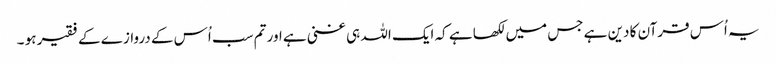
یہ اُس قرآن کا دین ہے جس میں لکھا ہے کہ ایک اللہ ہی غنی ہے اور تم سب اُس کے دروازے کے فقیر ہو ۔